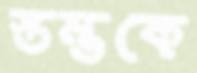
স্তম্ভকে